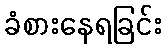
ခံစားနေရခြင်း